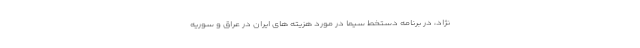
نژاد، در برنامه دستخط سیما در مورد هزیته های ایران در عراق و سوریه